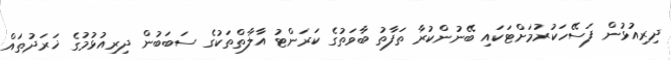
ދިރިއުޅުން ފަސޭހަކުރުމަށްޓަކައި ބޭނުންކުރާ ތަފާތު ބާވަތުގެ ކަރަންޓު އާލާތްތަކުގެ ސަބަބުން ދިރިއުޅުމުގެ ޚަރަދުތައް